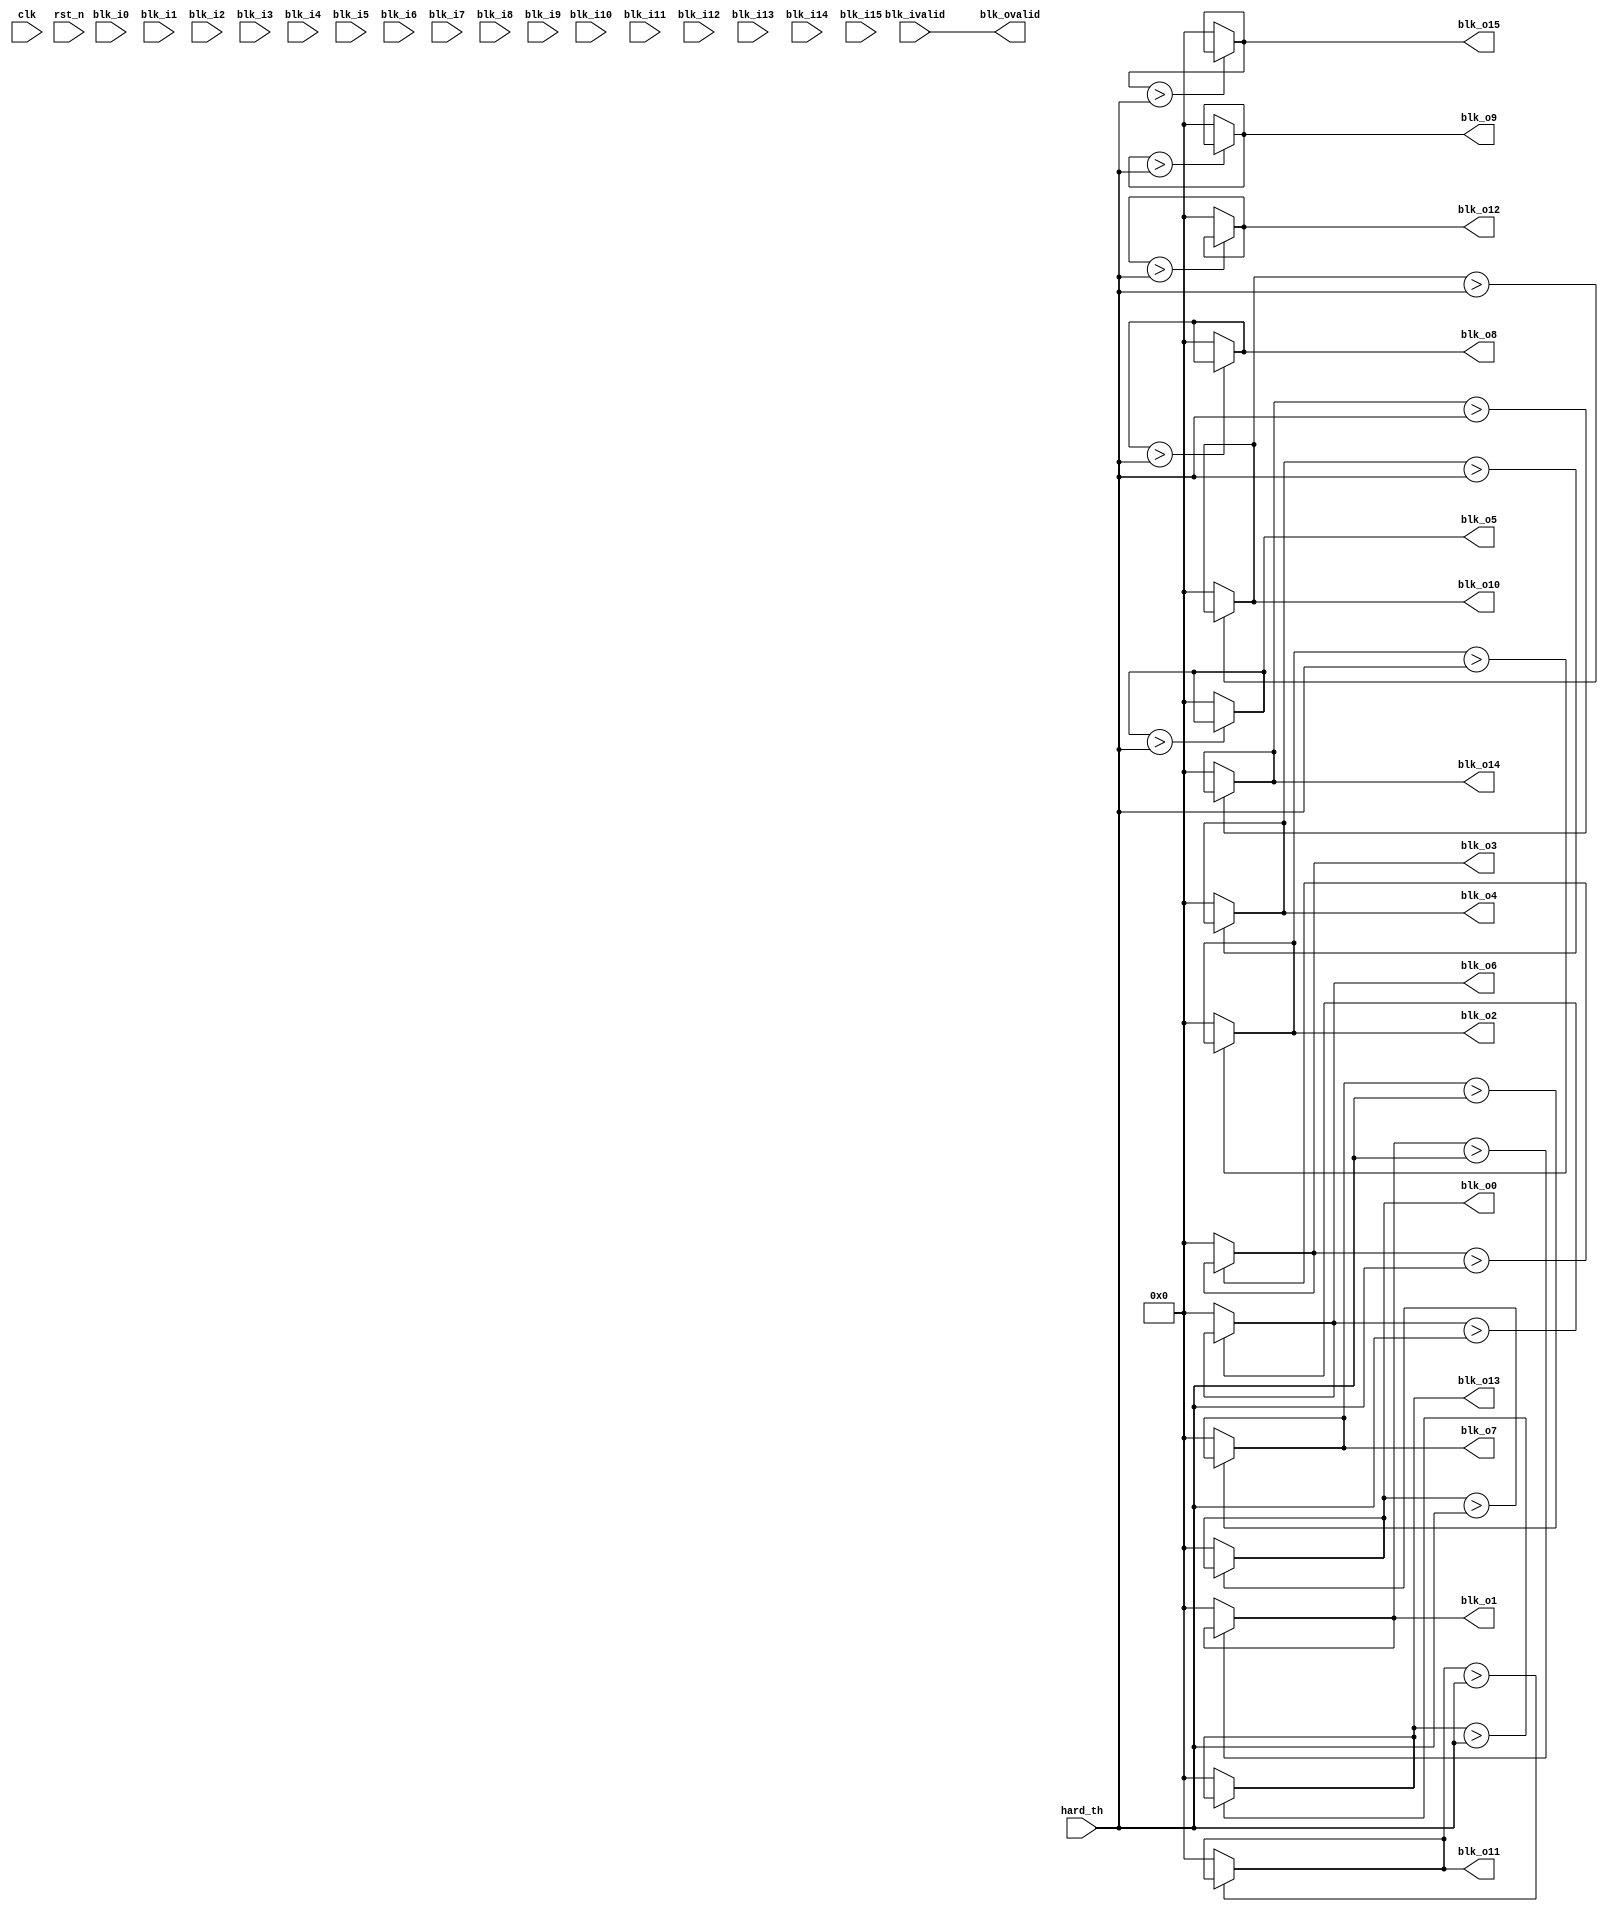
module ht_filter #(
    parameter  WIDTH0 = 13
)(
    input   wire                            clk,
    input   wire                            rst_n,

    input   wire            [WIDTH0-1:0]    hard_th,
    input   wire            [WIDTH0-1:0]    blk_i0,
    input   wire            [WIDTH0-1:0]    blk_i1,
    input   wire            [WIDTH0-1:0]    blk_i2,
    input   wire            [WIDTH0-1:0]    blk_i3,
    input   wire            [WIDTH0-1:0]    blk_i4,
    input   wire            [WIDTH0-1:0]    blk_i5,
    input   wire            [WIDTH0-1:0]    blk_i6,
    input   wire            [WIDTH0-1:0]    blk_i7,
    input   wire            [WIDTH0-1:0]    blk_i8,
    input   wire            [WIDTH0-1:0]    blk_i9,
    input   wire            [WIDTH0-1:0]    blk_i10,
    input   wire            [WIDTH0-1:0]    blk_i11,
    input   wire            [WIDTH0-1:0]    blk_i12,
    input   wire            [WIDTH0-1:0]    blk_i13,
    input   wire            [WIDTH0-1:0]    blk_i14,
    input   wire            [WIDTH0-1:0]    blk_i15,
    input   wire                            blk_ivalid,
    output  wire            [WIDTH0-1:0]    blk_o0,
    output  wire            [WIDTH0-1:0]    blk_o1,
    output  wire            [WIDTH0-1:0]    blk_o2,
    output  wire            [WIDTH0-1:0]    blk_o3,
    output  wire            [WIDTH0-1:0]    blk_o4,
    output  wire            [WIDTH0-1:0]    blk_o5,
    output  wire            [WIDTH0-1:0]    blk_o6,
    output  wire            [WIDTH0-1:0]    blk_o7,
    output  wire            [WIDTH0-1:0]    blk_o8,
    output  wire            [WIDTH0-1:0]    blk_o9,
    output  wire            [WIDTH0-1:0]    blk_o10,
    output  wire            [WIDTH0-1:0]    blk_o11,
    output  wire            [WIDTH0-1:0]    blk_o12,
    output  wire            [WIDTH0-1:0]    blk_o13,
    output  wire            [WIDTH0-1:0]    blk_o14,
    output  wire            [WIDTH0-1:0]    blk_o15,
    output  reg                             blk_ovalid
);
//************************************************************************//
//TODO add a pipeline stage?
    assign blk_o0 = (blk_o0 > hard_th) ? blk_o0 : 0;
    assign blk_o1 = (blk_o1 > hard_th) ? blk_o1 : 0;
    assign blk_o2 = (blk_o2 > hard_th) ? blk_o2 : 0;
    assign blk_o3 = (blk_o3 > hard_th) ? blk_o3 : 0;
    assign blk_o4 = (blk_o4 > hard_th) ? blk_o4 : 0;
    assign blk_o5 = (blk_o5 > hard_th) ? blk_o5 : 0;
    assign blk_o6 = (blk_o6 > hard_th) ? blk_o6 : 0;
    assign blk_o7 = (blk_o7 > hard_th) ? blk_o7 : 0;
    assign blk_o8 = (blk_o8 > hard_th) ? blk_o8 : 0;
    assign blk_o9 = (blk_o9 > hard_th) ? blk_o9 : 0;
    assign blk_o10 = (blk_o10 > hard_th) ? blk_o10 : 0;
    assign blk_o11 = (blk_o11 > hard_th) ? blk_o11 : 0;
    assign blk_o12 = (blk_o12 > hard_th) ? blk_o12 : 0;
    assign blk_o13 = (blk_o13 > hard_th) ? blk_o13 : 0;
    assign blk_o14 = (blk_o14 > hard_th) ? blk_o14 : 0;
    assign blk_o15 = (blk_o15 > hard_th) ? blk_o15 : 0;
    assign blk_ovalid = blk_ivalid;
//************************************************************************//

endmodule